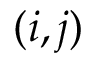
( i , j )